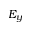
E _ { y }